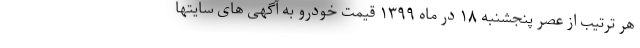
هر ترتیب از عصر پنجشنبه ۱۸ در ماه ۱۳۹۹ قیمت خودرو به آگهی های سایتها